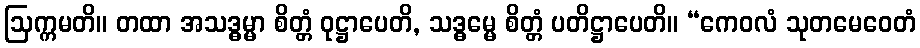
ဩက္ကမတိ။ တထာ အသဒ္ဓမ္မာ စိတ္တံ ဝုဋ္ဌာပေတိ, သဒ္ဓမ္မေ စိတ္တံ ပတိဋ္ဌာပေတိ။ “ကေဝလံ သုတမေဝေတံ